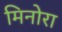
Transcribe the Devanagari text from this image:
मिनोरा